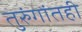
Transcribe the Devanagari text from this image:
तुरुंगांतही